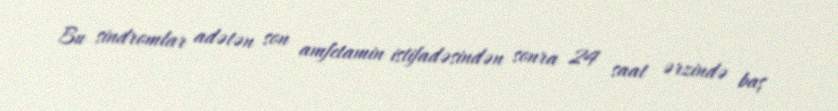
Bu sindromlar adətən son amfetamin istifadəsindən sonra 24 saat ərzində baş